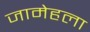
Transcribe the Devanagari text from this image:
जामेहला